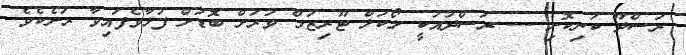
ރަސްދޫ ކުނިކޮށި --- ރަސްދުއަކީ ލޯކަލް ޓޫރިޒަމް ވަރަށް ބޮޑަށް ފުޅާވެފައިވާ ރަށެކެވެ.